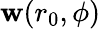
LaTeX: \mathbf{w}(r_{0},\phi)